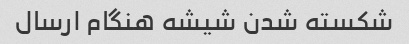
شکسته شدن شیشه هنگام ارسال